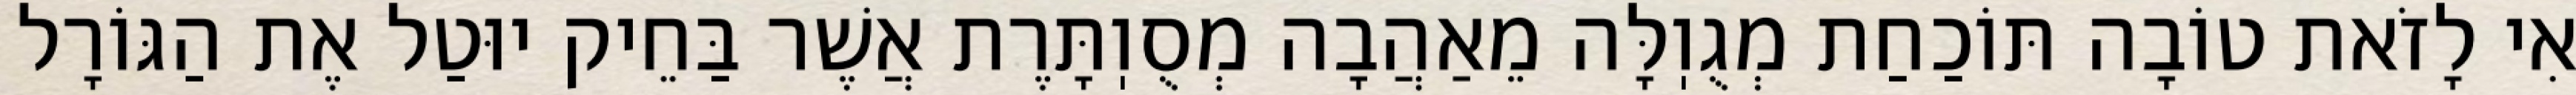
אִי לָזֹאת טוֹבָה תּוֹכַחַת מְגֻוֽלָּה מֵאַהֲבָה מְסֻוֽתָּרֶת אֲשֶׁר בַּחֵיק יוּטַל אֶת הַגּוֹרָל